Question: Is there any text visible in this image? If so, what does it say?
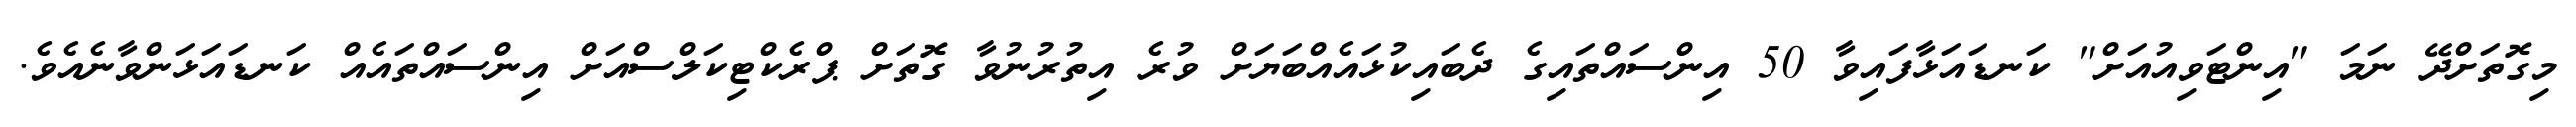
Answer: މިގޮތަށްދޭ ނަމަ "އިންޓަވިއުއަށް" ކަނޑައަޅާފައިވާ 50 އިންސައްތައިގެ ދެބައިކުޅައެއްބަޔަށް ވުރެ އިތުރުނުވާ ގޮތަށް ޕްރެކްޓިކަލްސްއަށް އިންސައްތައެއް ކަނޑައަޅަންވާނެއެވެ.